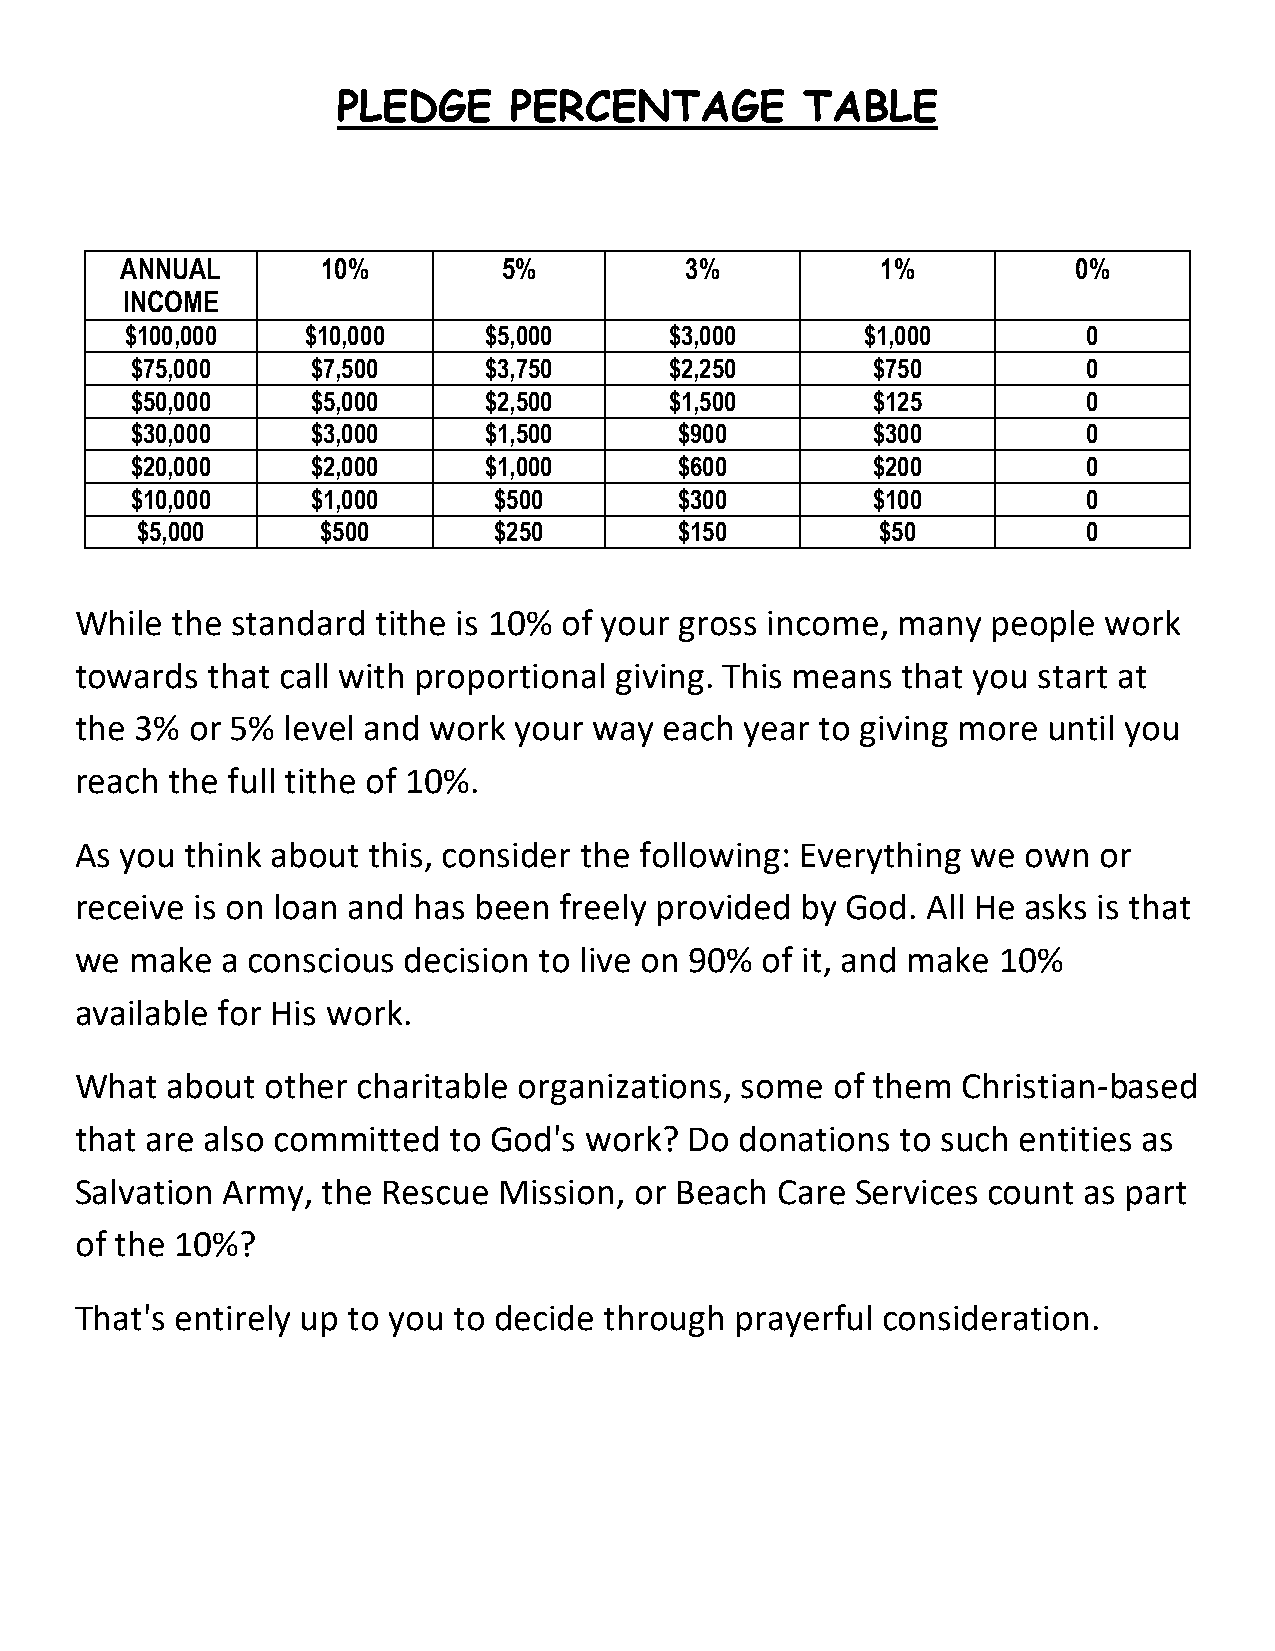
PLEDGE      PERCENTAGE         TABLE
 ANNUAL       10%         5%          3%           1%           0%
 INCOME
 $100,000    $10,000     $5,000      $3,000       $1,000         0
 $75,000     $7,500     $3,750      $2,250        $750          0
 $50,000     $5,000     $2,500      $1,500        $125          0
 $30,000     $3,000     $1,500       $900         $300          0
 $20,000     $2,000     $1,000       $600         $200          0
 $10,000     $1,000      $500        $300         $100          0
 $5,000      $500        $250        $150         $50           0
 While the standard  tithe is 10% of your gross income, many  people work
 towards  that call with proportional giving. This means that you start at
 the 3% or 5%  level and work your way  each year to giving more until you
 reach the full tithe of 10%.
 As you think about this, consider the following: Everything we own  or
 receive is on loan and has been freely provided by God. All He asks is that
 we  make  a conscious decision to live on 90% of it, and make 10%
 available for His work.
 What  about  other charitable organizations, some of them  Christian-based
 that are also committed  to God's work?  Do donations  to such entities as
 Salvation Army, the Rescue  Mission, or Beach Care  Services count as part
 of the 10%?
 That's entirely up to you to decide through prayerful consideration.